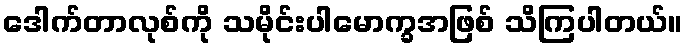
ဒေါက်တာလုစ်ကို သမိုင်းပါမောက္ခအဖြစ် သိကြပါတယ်။